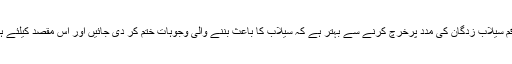
ہر سال پندرہ بیس ارب روپے کی رقم سیلاب زدگان کی مدد پرخرچ کرنے سے بہتر ہے کہ سیلاب کا باعث بننے والی وجوہات ختم کر دی جائیں اور اس مقصد کیلئے ہر ممکن وسائل مہیا کیے جائیں گے۔